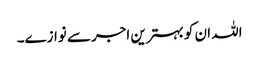
اللہ ان کو بہترین اجر سے نوازے۔